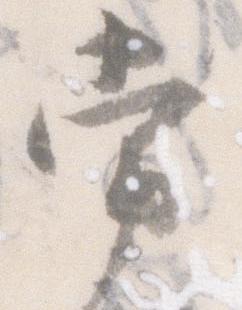
常